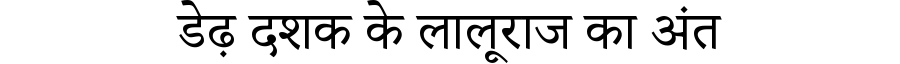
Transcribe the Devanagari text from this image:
डेढ़ दशक के लालूराज का अंत